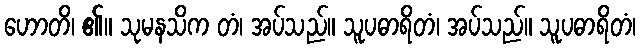
ဟောတိ၊ ၏။ သုမနသိက တံ၊ အပ်သည်။ သူပဓာရိတံ၊ အပ်သည်။ သူပဓာရိတံ၊